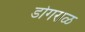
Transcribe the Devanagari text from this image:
डोँगराळ